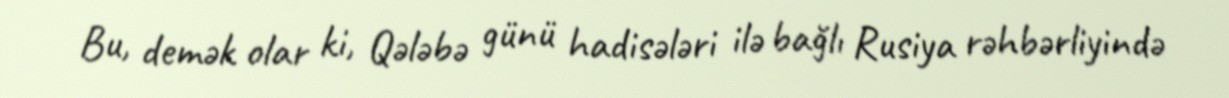
Bu, demək olar ki, Qələbə günü hadisələri ilə bağlı Rusiya rəhbərliyində